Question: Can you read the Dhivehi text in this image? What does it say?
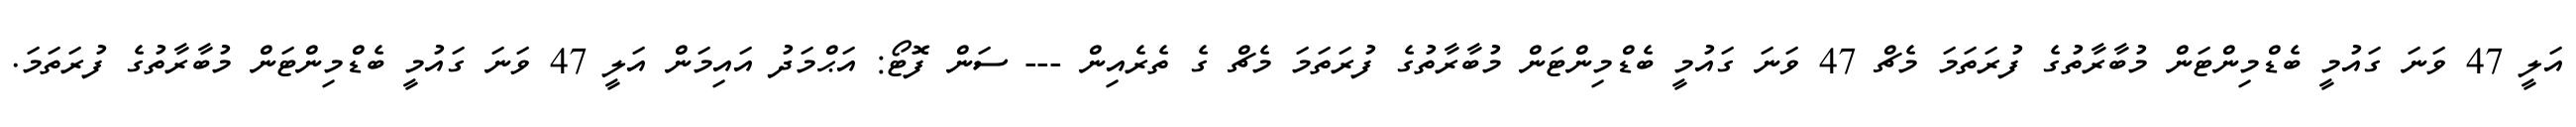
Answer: އަލީ 47 ވަނަ ގައުމީ ބެޑްމިންޓަން މުބާރާތުގެ ފުރަތަމަ މެޗް 47 ވަނަ ގައުމީ ބެޑްމިންޓަން މުބާރާތުގެ ފުރަތަމަ މެޗް ގެ ތެރެއިން --- ސަން ފޮޓޯ: އަޙްމަދު އައިމަން އަލީ 47 ވަނަ ގައުމީ ބެޑްމިންޓަން މުބާރާތުގެ ފުރަތަމަ.